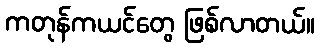
ကတုန်ကယင်တွေ ဖြစ်လာတယ်။